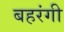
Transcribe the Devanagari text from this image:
बहरंगी